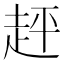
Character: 𧻈